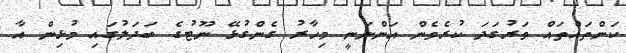
ކަންތައްތައް ވަރުގަދަ ކުރެވެން އަންނަނީ މިހާރު ގެންގުޅޭ ނޫޓުގެ ބަދަލުގައި މުޅިން އާ